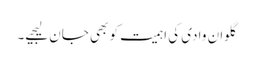
گلوان وادی کی اہمیت کو بھی جان لیجیے۔